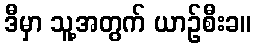
ဒီမှာ သူ့အတွက် ယာဉ်စီးခ။